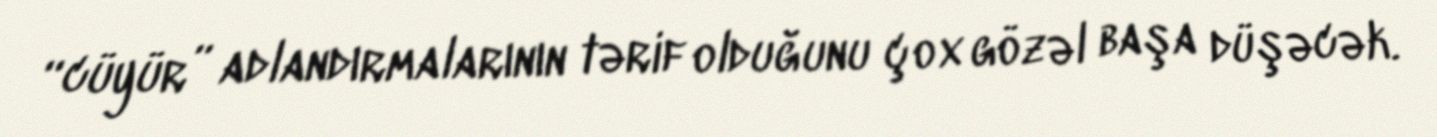
“cüyür” adlandırmalarının tərif olduğunu çox gözəl başa düşəcək.